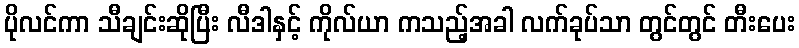
ပိုလင်ကာ သီချင်းဆိုပြီး လီဒါနှင့် ကိုလ်ယာ ကသည့်အခါ လက်ခုပ်သာ တွင်တွင် တီးပေး